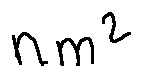
n m ^ { 2 }